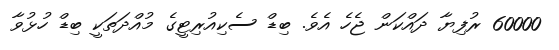
60000 ރުފިޔާ ދައްކަން ޖެހެ އެވެ. ބިޑް ސެކިއުރިޓީގެ މުއްދަތަކީ ބިޑް ހުޅުވާ